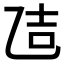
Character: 𪜒